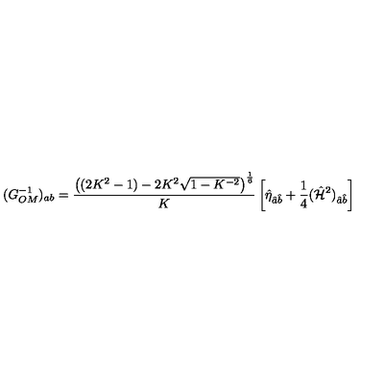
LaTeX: ( G _ { O M } ^ { - 1 } ) _ { a b } = { \frac { \left( ( 2 K ^ { 2 } - 1 ) - 2 K ^ { 2 } \sqrt { 1 - K ^ { - 2 } } \right) ^ { \frac { 1 } { 6 } } } { K } } \left[ \hat { \eta } _ { \hat { a } \hat { b } } + { \frac { 1 } { 4 } } ( \hat { { \cal H } } ^ { 2 } ) _ { \hat { a } \hat { b } } \right]